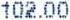
102.00